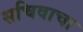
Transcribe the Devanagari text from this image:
सचिवाचा